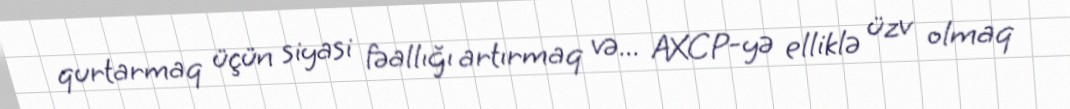
qurtarmaq üçün siyasi fəallığı artırmaq və... AXCP-yə elliklə üzv olmaq